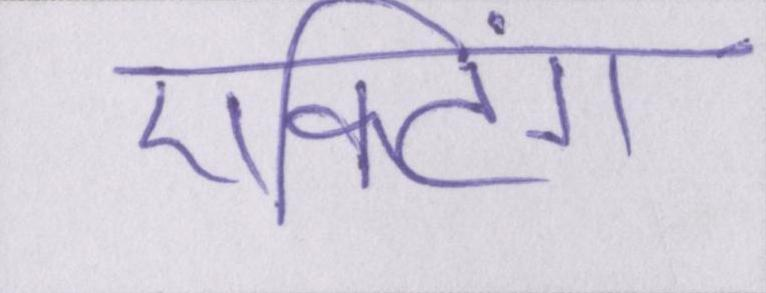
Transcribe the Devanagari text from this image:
एक्टिंग